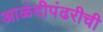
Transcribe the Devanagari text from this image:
आळंदीपंढरीची